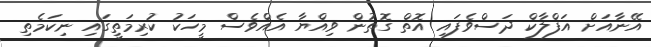
އޭނާއަށް އަފްލާކް ދަސްވެފައި އޮތް ގޮތުން ވިއްޔާ އެއްވެސް މީހަކު ކުރިމަތީގައި ނިކަމެތި